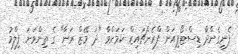
ފެނިގެންދާ ޑިސްޓޯޕިއަން ފްރެންޗައިޒް ކަމަށްވާ "ދަ މޭޒް ރަނާ" ގެ ތިންވަނަ ފިލްމު